Vaccination in Burma 1900-1911 - 1900-1911
Year: 1900
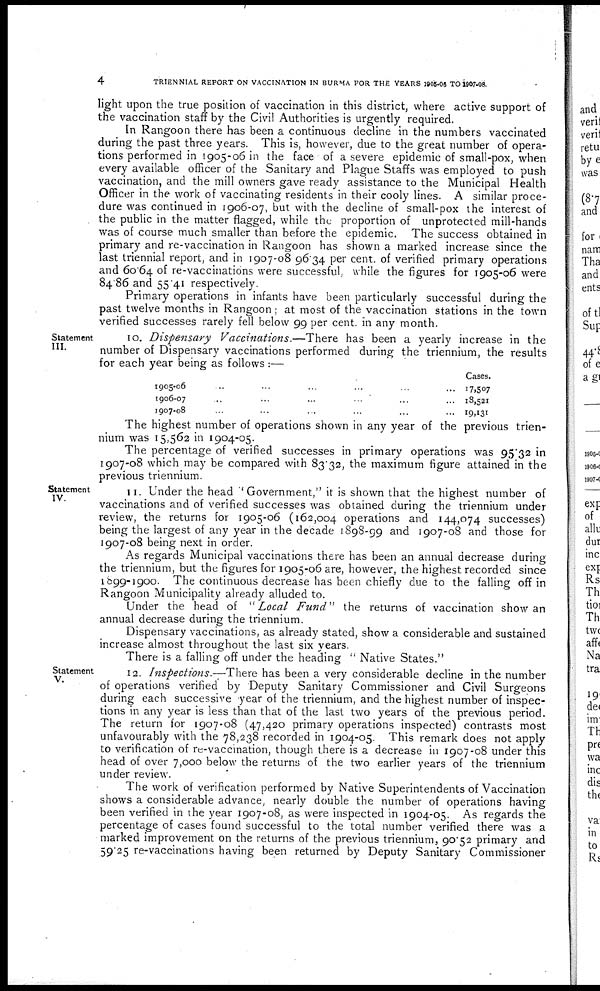
4
TRIENNIAL REPORT ON VACCINATION IN BURMA FOR THE YEARS 1905-06 TO 1907-08.
light upon the true position of vaccination in this district, where active support of
the vaccination staff by the Civil Authorities is urgently required.
In Rangoon there has been a continuous decline in the numbers vaccinated
during the past three years. This is, however, due to the great number of opera-
tions performed in 1905-06 in the face of a severe epidemic of small-pox, when
every available officer of the Sanitary and Plague Staffs was employed to push
vaccination, and the mill owners gave ready assistance to the Municipal Health
Officer in the work of vaccinating residents in their cooly lines. A similar proce-
dure was continued in 1906-07, but with the decline of small-pox the interest of
the public in the matter flagged, while the proportion of unprotected mill-hands
was of course much smaller than before the epidemic. The success obtained in
primary and re-vaccination in Rangoon has shown a marked increase since the
last triennial report, and in 1907-08 96.34 per cent. of verified primary operations
and 60.64 of re-vaccinations were successful, while the figures for 1905-06 were
84.86 and 55.41 respectively.
Primary operations in infants have been particularly successful during the
past twelve months in Rangoon; at most of the vaccination stations in the town
verified successes rarely fell below 99 per cent. in any month.
Statement
III.
10. Dispensary Vaccinations.—There has been a yearly increase in the
number of Dispensary vaccinations performed during the triennium, the results
for each year being as follows :—
1905-06 ... ... ... ... ... ...
1906-07 ... ... ... ... ... ...
1907-08 ... ... ... ... ... ...
Cases.
17,507
18,521
19,131
The highest number of operations shown in any year of the previous trien-
nium was 15,562 in 1904-05.
The percentage of verified successes in primary operations was 95.32 in
1907-08 which may be compared with 83.32, the maximum figure attained in the
previous triennium.
Statement
IV.
11. Under the head "Government," it is shown that the highest number of
vaccinations and of verified successes was obtained during the triennium under
review, the returns for 1905-06 (162,004 operations and 144,074 successes)
being the largest of any year in the decade 1898-99 and 1907-08 and those for
1907-08 being next in order.
As regards Municipal vaccinations there has been an annual decrease during
the triennium, but the figures for 1905-06 are, however, the highest recorded since
1899-1900. The continuous decrease has been chiefly due to the falling off in
Rangoon Municipality already alluded to.
Under the head of "Local Fund" the returns of vaccination show an
annual decrease during the triennium.
Dispensary vaccinations, as already stated, show a considerable and sustained
increase almost throughout the last six years.
There is a falling off under the heading " Native States."
Statement
V.
12. Inspections.—There has been a very considerable decline in the number
of operations verified by Deputy Sanitary Commissioner and Civil Surgeons
during each successive year of the triennium, and the highest number of inspec-
tions in any year is less than that of the last two years of the previous period.
The return for 1907-08 (47,420 primary operations inspected) contrasts most
unfavourably with the 78,238 recorded in 1904-05. This remark does not apply
to verification of re-vaccination, though there is a decrease in 1907-08 under this
head of over 7,000 below the returns of the two earlier years of the triennium
under review.
The work of verification performed by Native Superintendents of Vaccination
shows a considerable advance, nearly double the number of operations having
been verified in the year 1907-08, as were inspected in 1904-05. As regards the
percentage of cases found successful to the total number verified there was a
marked improvement on the returns of the previous triennium, 90.52 primary and
59.25 re-vaccinations having been returned by Deputy Sanitary Commissioner